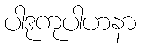
ပါဒုကုပါဟနာ